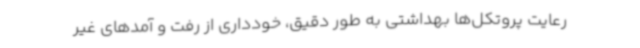
رعایت پروتکل‌ها بهداشتی به طور دقیق، خودداری از رفت و آمدهای غیر